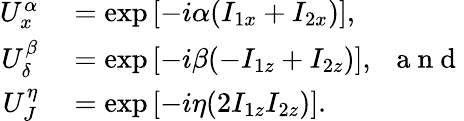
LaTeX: \begin{array}{rl}{U_{x}^{\alpha}}&{{}=\exp\left[-i\alpha(I_{1x}+I_{2x})\right],}\\ {U_{\delta}^{\beta}}&{{}=\exp\left[-i\beta(-I_{1z}+I_{2z})\right],~~\mathrm{~a~n~d~}}\\ {U_{J}^{\eta}}&{{}=\exp\left[-i\eta(2I_{1z}I_{2z})\right].}\end{array}